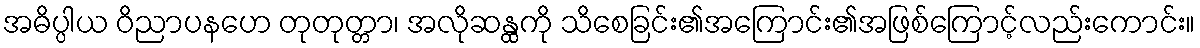
အဓိပ္ပါယ ဝိညာပနဟေ တုတုတ္တာ၊ အလိုဆန္ထကို သိစေခြင်း၏အကြောင်း၏အဖြစ်ကြောင့်လည်းကောင်း။